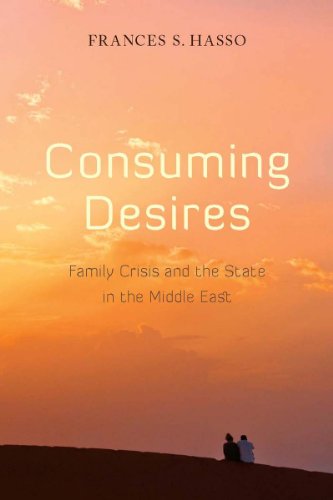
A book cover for Consuming Desires: Family Crisis and the State in the Middle East; Frances Hasso; Religion & Spirituality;